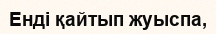
Енді қайтып жуыспа,